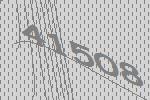
41508